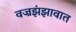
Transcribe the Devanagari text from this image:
वज्रझंझावात